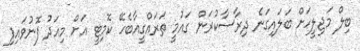
ބިލް މަޖިލީހަށް ބަލައިގަނެ ދިރާސާކުރަން ގައުމީ ތަރައްގީއާބެހޭ ކޮމިޓީ އަށް މިއަދު ފޮނުވައިފި